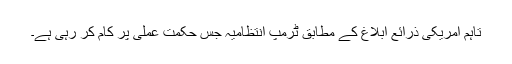
تاہم امریکی ذرائع ابلاغ کے مطابق ٹرمپ انتظامیہ جس حکمت عملی پر کام کر رہی ہے۔